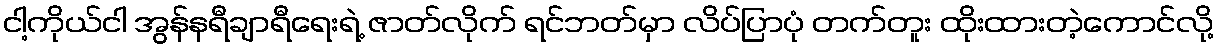
ငါ့ကိုယ်ငါ အွန်နရီချာရီရေးရဲ့ ဇာတ်လိုက် ရင်ဘတ်မှာ လိပ်ပြာပုံ တက်တူး ထိုးထားတဲ့ကောင်လို့